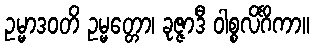
ဥမ္မာဒဝတိ ဥမ္မတ္တော၊ ခုဇ္ဇာဒီ ဝါစ္စလိင်္ဂိကာ။